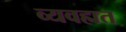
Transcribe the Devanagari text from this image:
व्यवह्मत